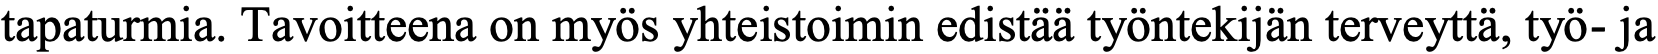
tapaturmia. Tavoitteena on myös yhteistoimin edistää työntekijän terveyttä, työ- ja